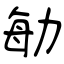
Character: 勄